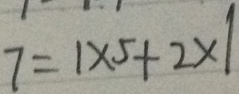
7 = 1 \times 5 + 2 \times 1